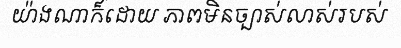
យ៉ាងណាក៏ដោយ ភាពមិនច្បាស់លាស់របស់